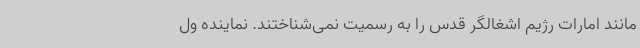
مانند امارات رژیم اشغالگر قدس را به رسمیت نمی‌شناختند. نماینده ول